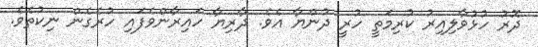
ދޮރު ހުޅުވާލިއިރު ކުރިމަތީ ހުރީ ދުންޔާ އެވެ. ދާރިޔާ ހައިރާންވެފައި ހުރެގެން ނިކުތެވެ.